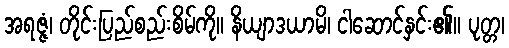
အရဇ္ဇံ၊ တိုင်းပြည်စည်းစိမ်ကို။ နိယျာဒယာမိ၊ ငါဆောင်နှင်း၏။ ပုတ္တ၊